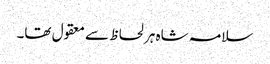
سلامہ شاہ ہر لحاظ سے معقول تھا۔